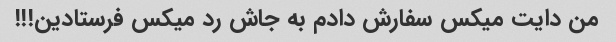
من دایت میکس سفارش دادم به جاش رد میکس فرستادین!!!